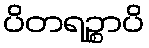
ပိတရဉ္စာပိ